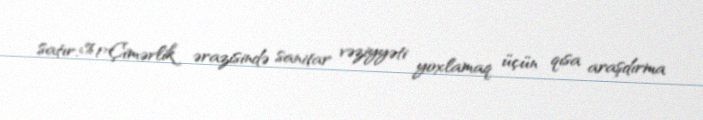
satır.<%1>Çimərlik ərazisində sanitar vəziyyəti yoxlamaq üçün qısa araşdırma